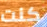
كنت